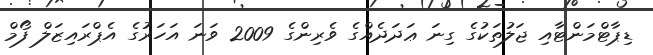
ޑިޕާޓްމަންޓާއި ޖަލުތަކުގެ ގިނަ ޢަދަދެއްގެ ވެރިންގެ 2009 ވަނަ އަހަރުގެ އެޕްރައިޒަލް ފޯމް